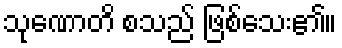
သုဏောတိ စသည် ဖြစ်သေး၏။